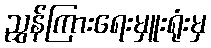
ညွှန်ကြားရေးမှူးရုံးမှ